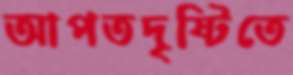
আপতদৃষ্টিতে